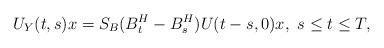
LaTeX: \begin{align*}U_Y(t,s)x=S_B(B^H_t-B^H_s)U(t-s,0)x,\ s\leq t\leq T,\end{align*}